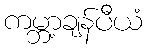
ကမ္ဘာ့ချန်ပီယံ